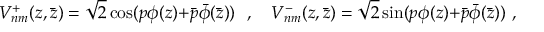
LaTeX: V _ { n m } ^ { + } ( z , \bar { z } ) = \sqrt { 2 } \cos ( p \phi ( z ) { + } \bar { p } \bar { \phi } ( \bar { z } ) ) ~ ~ , ~ ~ ~ V _ { n m } ^ { - } ( z , \bar { z } ) = \sqrt { 2 } \sin ( p \phi ( z ) { + } \bar { p } \bar { \phi } ( \bar { z } ) ) ~ , ~ ~ ~